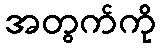
အတွက်ကို